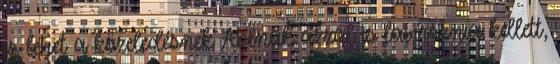
is lehet a közeledésnek Abénak azzal is lavíroznia kellett,